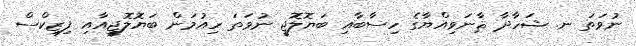
ނުވަތަ ނ. ޝަހާދާ ޘާނަވިއްޔާގެ ހިސާބާއި ބަޔޮލޮޖީ ނުވަތަ ހިއުމަން ބަޔޮލޮޖީއާއި ފިޒިކްސް